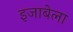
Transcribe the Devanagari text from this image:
इजाबेला